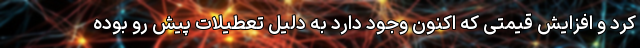
کرد و افزایش قیمتی که اکنون وجود دارد به دلیل تعطیلات پیش رو بوده